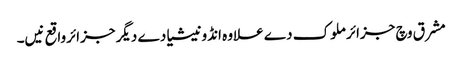
مشرق وچ جزائر ملوک دے علاوہ انڈونیشیا دے دیگر جزائرواقع نیں۔